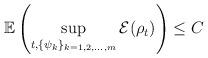
LaTeX: \begin{align*}\mathbb{E}\left(\sup_{t,\{\psi_k\}_{k=1,2,\ldots,m}}\mathcal{E}(\rho_t)\right) \le C\end{align*}